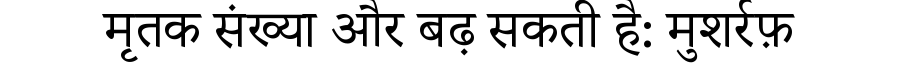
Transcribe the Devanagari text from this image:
मृतक संख्या और बढ़ सकती है: मुशर्रफ़